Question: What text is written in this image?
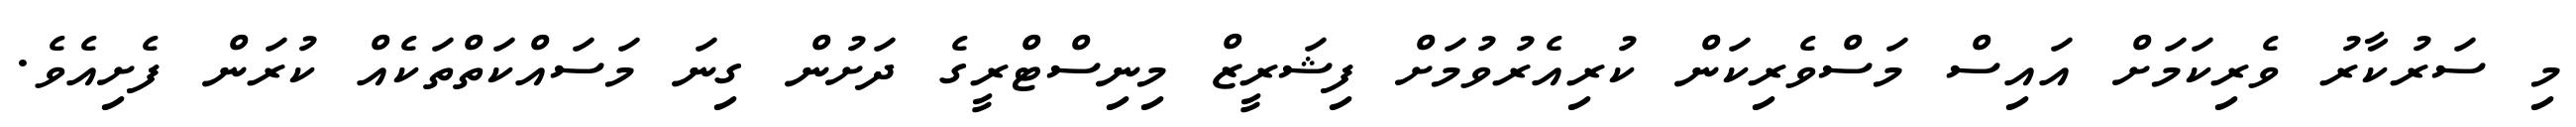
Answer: މި ސަރުކާރު ވެރިކަމަށް އައިސް މަސްވެރިކަން ކުރިއެރުވުމަށް ފިޝަރީޒް މިނިސްޓްރީގެ ދަށުން ގިނަ މަސައްކަތްތަކެއް ކުރަން ފެށިއެވެ.